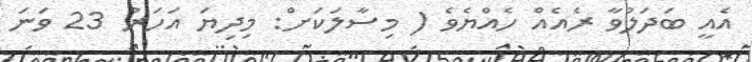
އެއީ ބަދަލުވާ ރެއެއް ހެއްޔެވެ ( މިސާލަކަށް: މިދިޔަ އަހަރު 23 ވަނަ